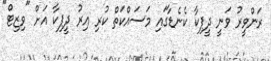
ރަންވީރު ވަނީ ދީޕިކާ ކެނެޑާގައި މަސައްކަތް ކުރި އިރު ދީޕިކާ އަށް "ވިޒިޓް"